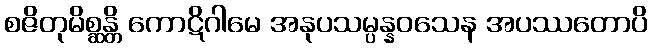
စဇိတုမိစ္ဆန္တိ ကောဋိဂါမေ အနုပသမ္ပန္နဝသေန အပဿတောပိ